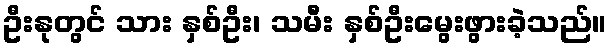
ဦးနုတွင် သား နှစ်ဦး၊ သမီး နှစ်ဦးမွေးဖွားခဲ့သည်။